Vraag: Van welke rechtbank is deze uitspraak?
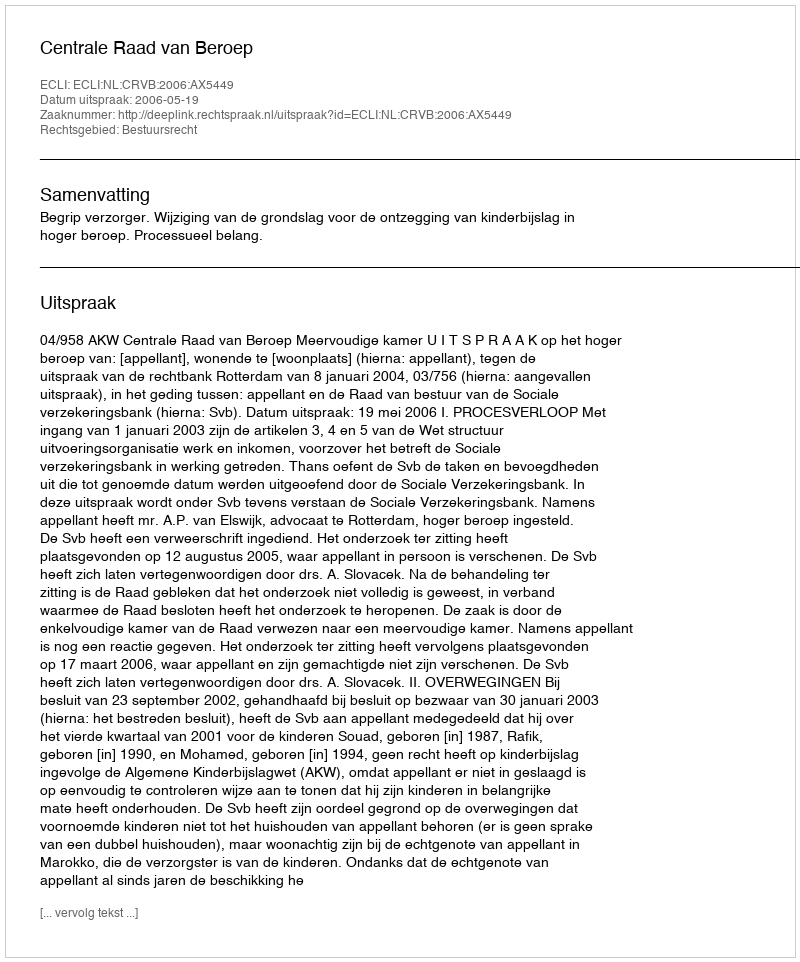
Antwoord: Centrale Raad van Beroep